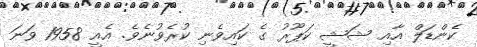
ކެންޑަލް އާއި ޝަޝީ ކަޕޫރު ގެ ކައިވެނި ކުރެވުނެވެ. އެއީ 1958 ވަނަ